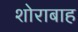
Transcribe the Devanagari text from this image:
शोराबाह